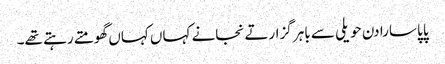
پاپا سارا دن حویلی سے باہر گزارتے نجانے کہاں کہاں گھومتے رہتے تھے۔